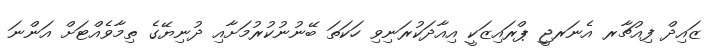
ޒައިދް ފިއުޗާރ އެނަރޖީ ޕްރައިޒަކީ އިއާދަކުރަނިވި ހަކަތަ ބޭނުނުކުރުމަށާއި ދުނިޔޭގެ ތިމާވެއްޓަށް އަންނަ